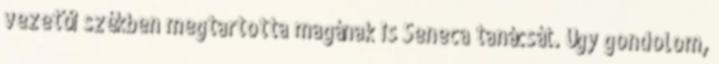
vezetői székben megtartotta magának is Seneca tanácsát. Úgy gondolom,